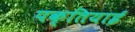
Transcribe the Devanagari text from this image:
पक्तियाई